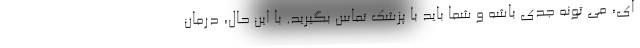
ای، می تونه جدی باشه و شما باید با پزشک تماس بگیرید. با این حال، درمان